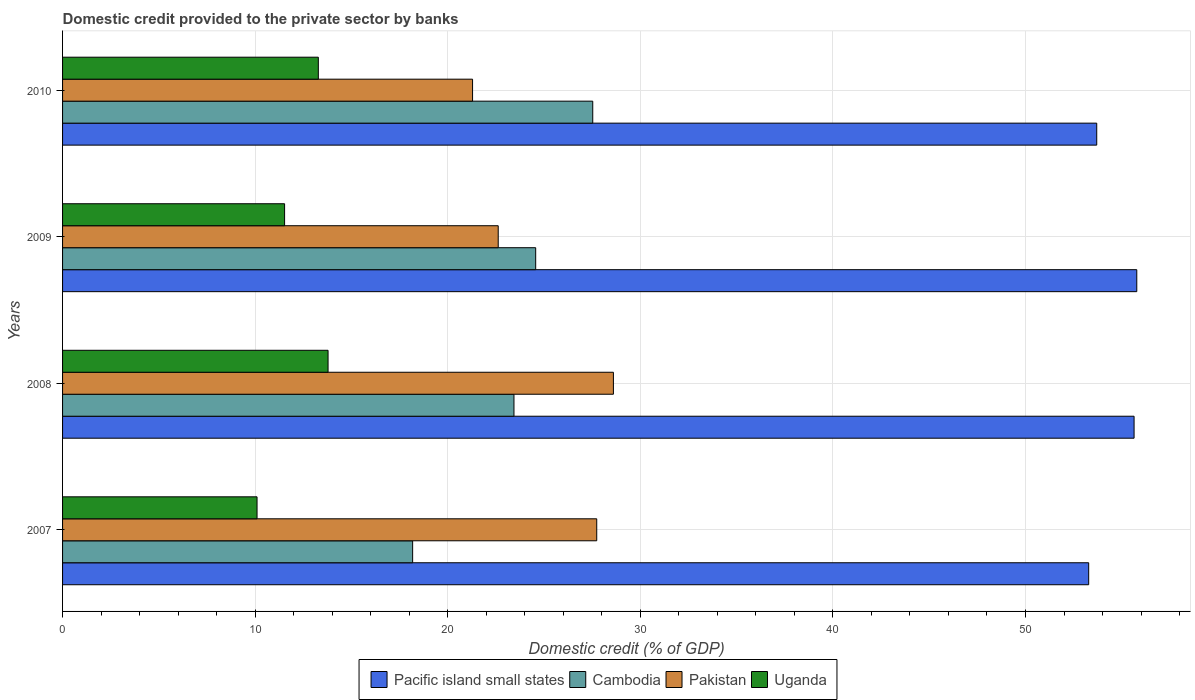
| Years | Pacific island small states | Cambodia | Pakistan | Uganda |
 | --- | --- | --- | --- | --- |
 | 2007 | 53.3 | 18.2 | 27.7 | 10.1 |
 | 2008 | 55.6 | 23.4 | 28.6 | 13.8 |
 | 2009 | 55.8 | 24.6 | 22.6 | 11.5 |
 | 2010 | 53.7 | 27.5 | 21.3 | 13.3 |